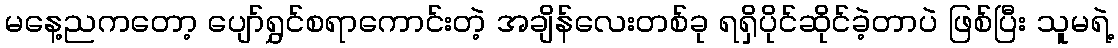
မနေ့ညကတော့ ပျော်ရွှင်စရာကောင်းတဲ့ အချိန်လေးတစ်ခု ရရှိပိုင်ဆိုင်ခဲ့တာပဲ ဖြစ်ပြီး သူမရဲ့